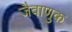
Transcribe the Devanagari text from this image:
जैवाणुक